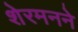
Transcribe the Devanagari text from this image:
शेरमनने